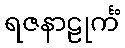
ရဇနာဠုင်္ကံ